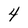
Character: 4